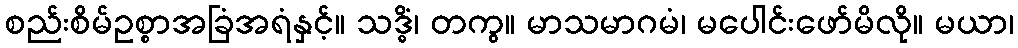
စည်းစိမ်ဥစ္စာအခြံအရံနှင့်။ သဒ္ဓိံ၊ တကွ။ မာသမာဂမံ၊ မပေါင်းဖော်မိလို။ မယာ၊